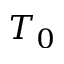
T _ { 0 }